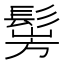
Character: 𩭎